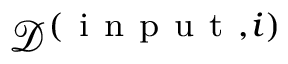
\mathcal { D } ^ { ( \mathrm { ~ i ~ n ~ p ~ u ~ t ~ } , i ) }